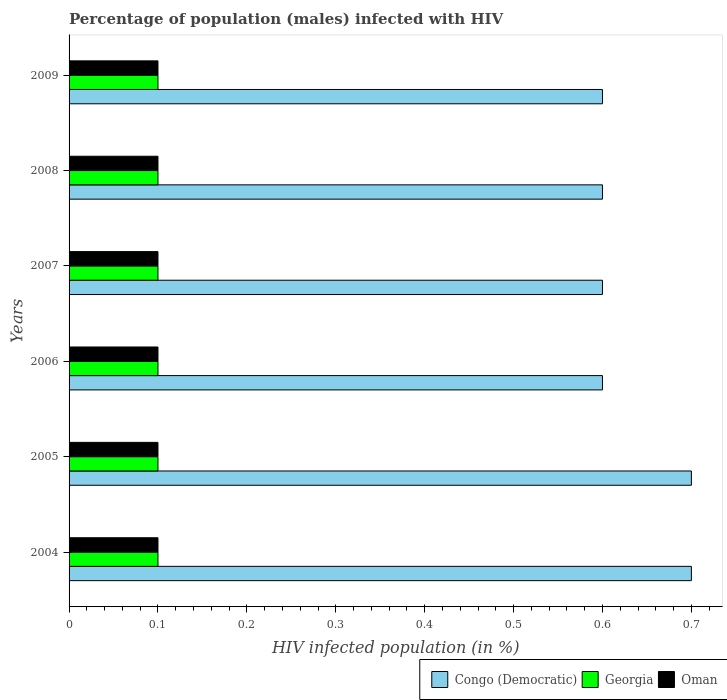
| Years | Congo (Democratic) | Georgia | Oman |
 | --- | --- | --- | --- |
 | 2004 | 0.7 | 0.1 | 0.1 |
 | 2005 | 0.7 | 0.1 | 0.1 |
 | 2006 | 0.6 | 0.1 | 0.1 |
 | 2007 | 0.6 | 0.1 | 0.1 |
 | 2008 | 0.6 | 0.1 | 0.1 |
 | 2009 | 0.6 | 0.1 | 0.1 |